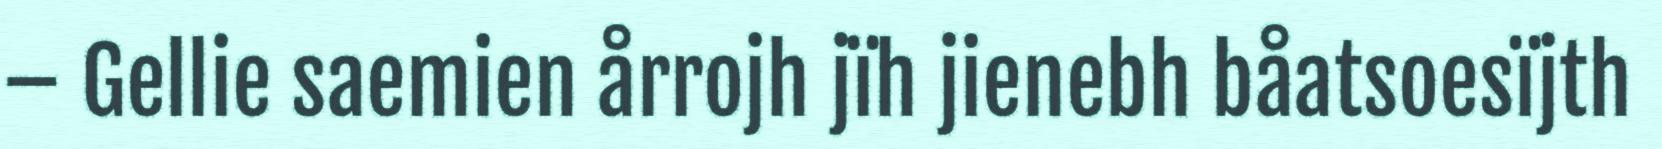
– Gellie saemien årrojh jïh jienebh båatsoesïjth